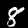
Label: 8